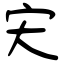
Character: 宊